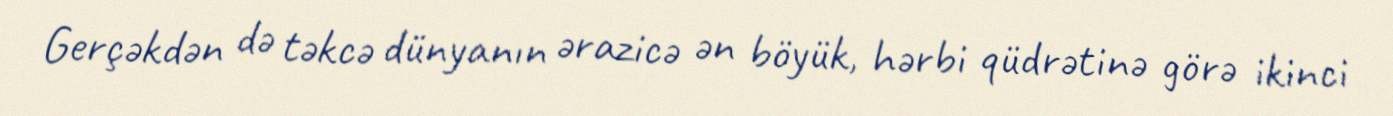
Gerçəkdən də təkcə dünyanın ərazicə ən böyük, hərbi qüdrətinə görə ikinci